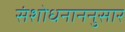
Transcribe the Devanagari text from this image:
संशोधनाननुसार